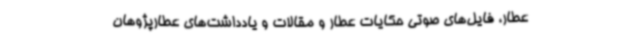
عطار، فایل‌های صوتی حکایات عطار و مقالات و یادداشت‌های عطارپژوهان